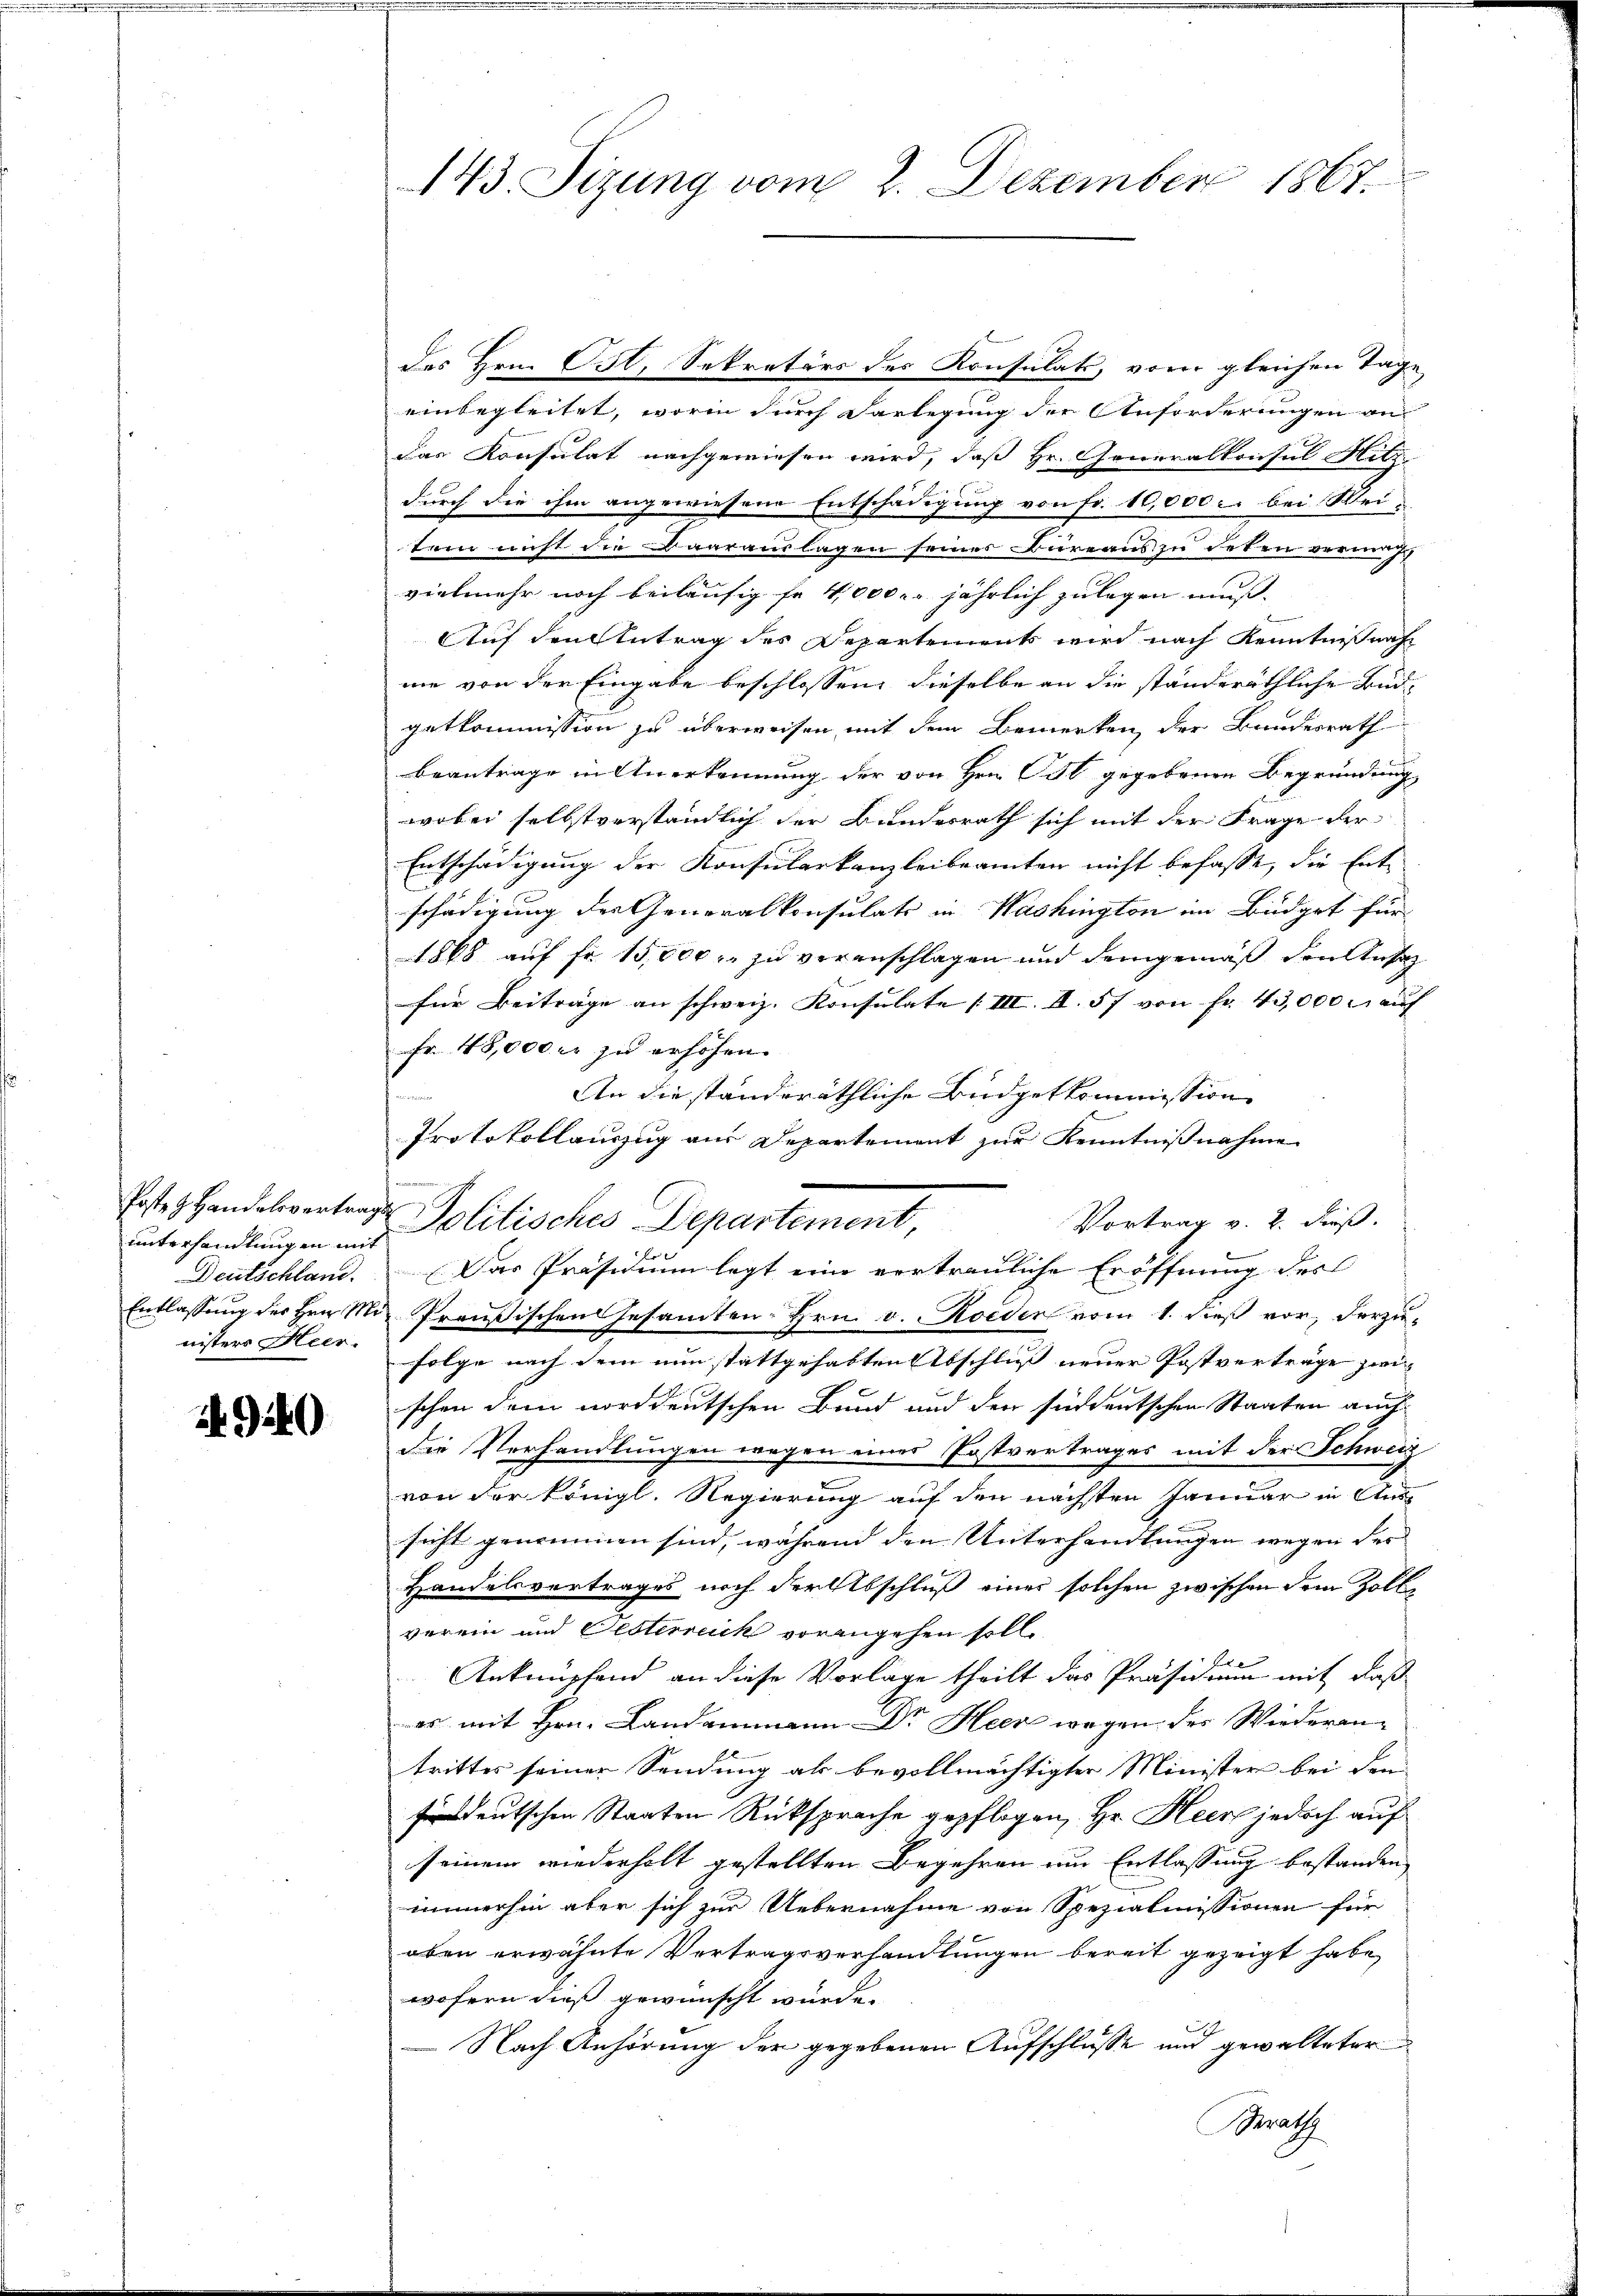
Posten Handelsvertrags
unterhandlungen mit
Deutschland.
nisters Heer.

. 940

143. Sizung vom 2. Dezember 1867.

des Hrn. Ost. Sekretärs des Konsulats, vom gleichen Tage
einbegleitet, worin durch Vorlegung der Anforderungen an
das Konsulat nachgewiesen wird, daß Hr. Generalkonsul Hitz
durch die ihm angewiesene Entschädigung von Fr. 10,000. bei Weitum nicht die aarauslagen seines Büreaus zu deten vermut
vielmehr noch beiläufig fr 4,000 l. jährlich zulegen muss. |
Auf den Antrag des Departement wird nach Kenntniß nach
me von der Eingabe beschlossen, dieselbe an die ständeräthliche Budgetkommission zu überweisen, mit dem Bemerken der Bundesrath
beantrage in Anerkennung der von Hrn. Ost gegebenen Begründung
wobei selbstverständlich der Bundesrath sich mit der Frage der
Entschädigung der Konsularkanzleibeamten nicht befasse, die Ent-
schädigung der Generalkonsulats in Washington im Büdget für
1868 auf Fr. 15,000 r. zu veranschlagen und demgemäß den Ansiz
für Beiträge an schweiz. Konsulate (III. II. 57 von Fr. 435,000 l. auf
Fr. 45,000 er zu erhöhen.
An die ständeräthliche Budgetkommission
Protokollanzzug aus Departement zur Kenntnißnahme
Politische Departement,
Das Präsidium legt eine vertrauliche Eröffnung des
Entlassung des Hrn. Mir Preußischen Gesamten Hrn. v. Roeden vom 1. dieß vor, derzu¬
Folge nach dem nun stattgehabten Abschluss neuer Postverträge zwischen dem norddeutschen Bund und der sindeutschen Staaten auch
die Verhandlungen wegen eines Postvertrages mit der Schweiz
von der Königl. Regierung auf den nächsten Januar in Aussicht genommen sind, während den Unterhandlungen wegen des
Handelsvertrages noch der Abschluß eines solchen zwischen dem Zollverein und Festerruck vorangehen soll.
.
Anknüpfend an diese Vorlage theilt das Präfe nun mit daß
es mit Hrn. Landammann Dr. Heer wegen des Wiederantrittes seiner Sendung als bevollmächtigter Minister bei den
deutschen Staaten Rüksprache gepflogen, Hr. Heer jedoch auf
seinem wiederholt gestellten Begehren um Entlassung bestanden
immerhin aber sich zur Uebernahme von Spezialmissionen für
oben erwähnte Vertragsverhandlungen bereit gezeigt habe,
wofern dieß gewünscht wurde.
x
Nach Anhörung der gegebenen Aufschlüsse und gewalteter
Berath

Vortrag v. 2. dieß.